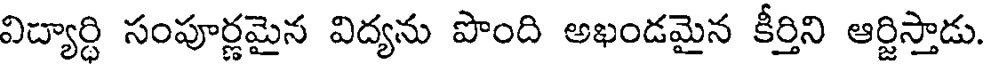
విద్యార్ధి సంపూర్ణమైన విద్యను పొంది అఖండమైన కీర్తిని ఆర్జిస్తాడు.